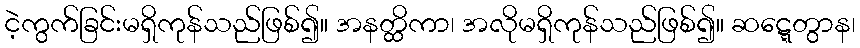
ငဲ့ကွက်ခြင်းမရှိကုန်သည်ဖြစ်၍။ အနတ္ထိကာ၊ အလိုမရှိကုန်သည်ဖြစ်၍။ ဆဋ္ဋေတွာန၊